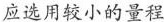
应选用较小的量程